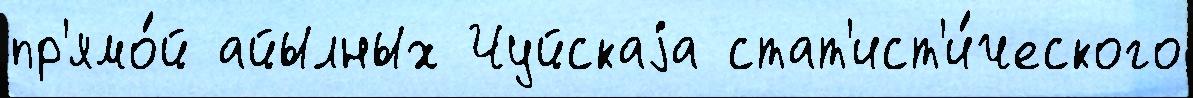
пр'ямо́й айылных Чуйскаjа стат'ист'и́ческого